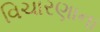
વિચારણાના